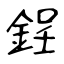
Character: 鋥